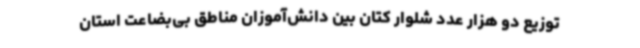
توزیع دو هزار عدد شلوار کتان بین دانش‌آموزان مناطق بی‌بضاعت استان